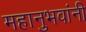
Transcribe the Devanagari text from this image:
महानुभवांनी